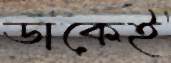
ডাকেই